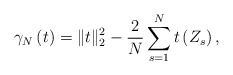
\begin{align*}\gamma_{N}\left(t\right)=\|t\|_{2}^{2}-\frac{2}{N}\sum_{s=1}^{N}t\left(Z_{s}\right),\end{align*}